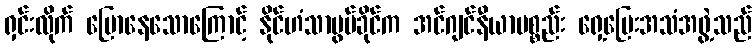
ရှင်းလိုက် ပြောနေသောကြောင့် နိုင်ဟံသာဗွမ်ခိုင်က အင်ဂျင်နီယာပစ္စည်း ရှေ့ပြေးအသံအဖွဲ့သည်